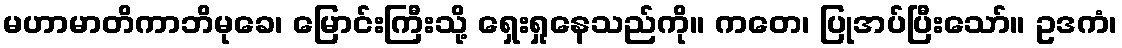
မဟာမာတိကာဘိမုခေ၊ မြောင်းကြီးသို့ ရှေးရှုနေသည်ကို။ ကတေ၊ ပြုအပ်ပြီးသော်။ ဥဒကံ၊